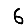
Digit: 6